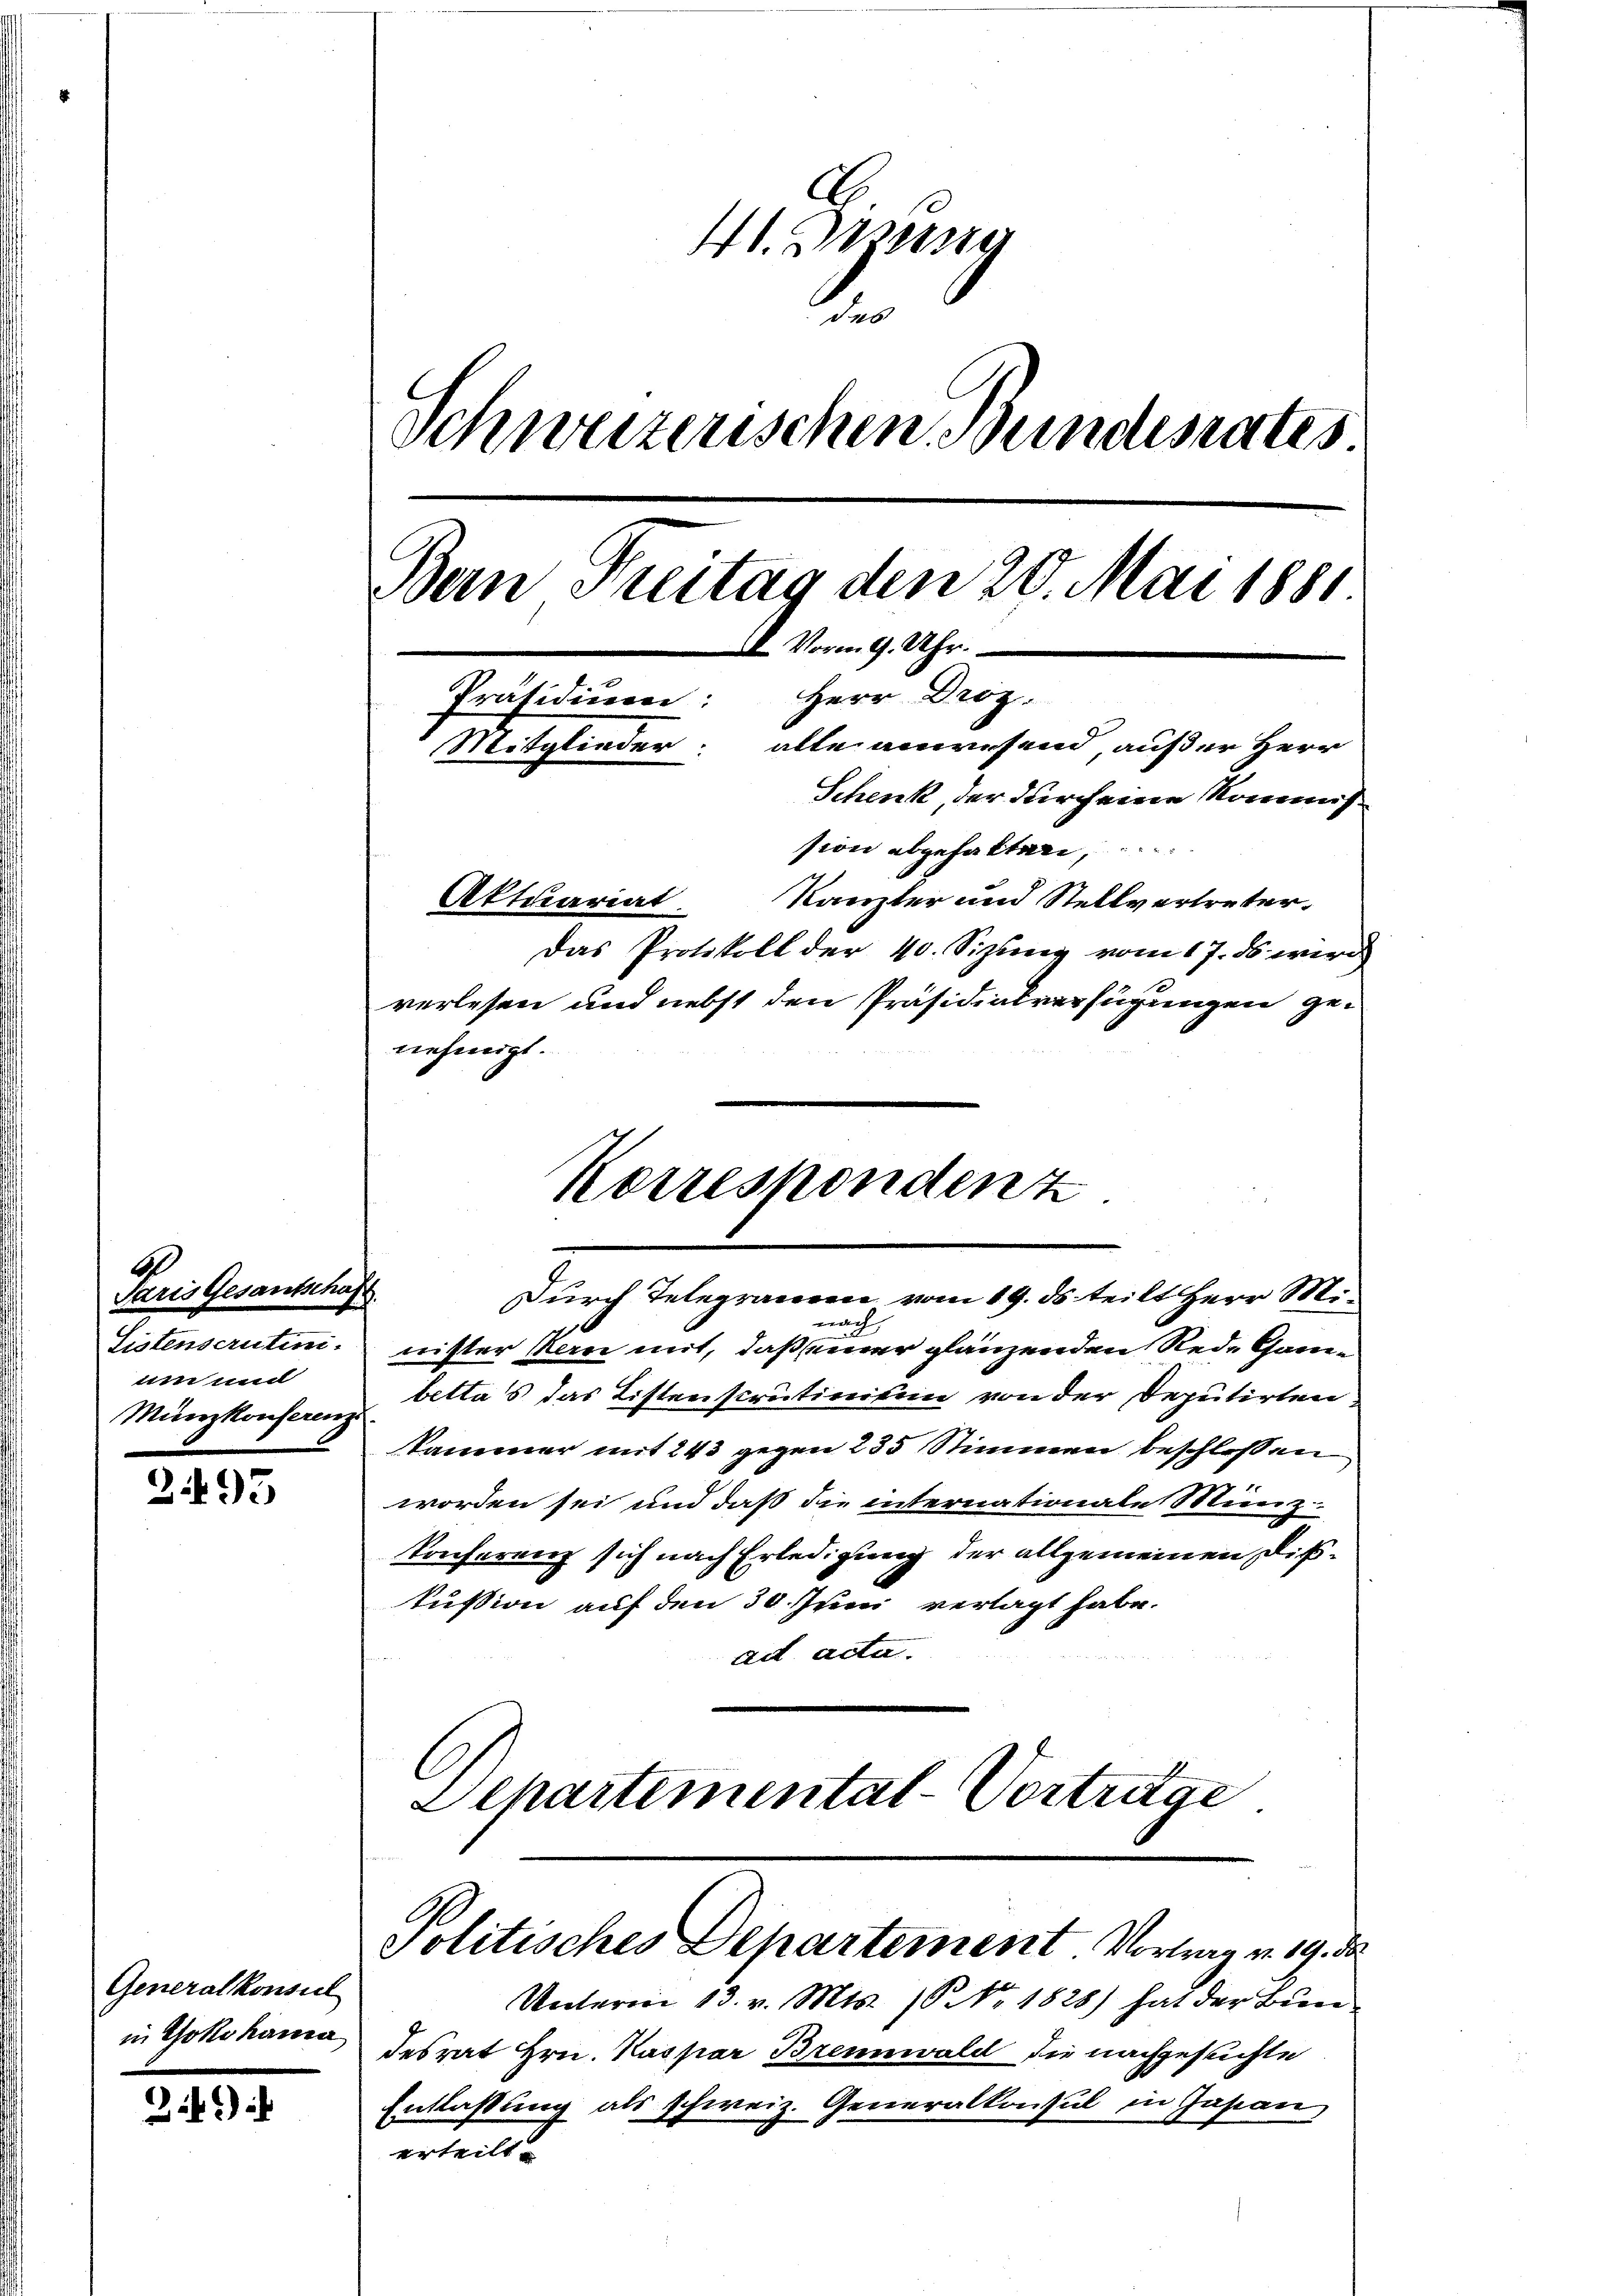
A
Paris Gesantschaft
um und
Münzkonserenz

2495

Generalkonsul
in Yokohama

i) i

41. Diesig
des
Schweizerischen Bundesrates
Bern Kreitag den 20. Mai 1881
8. Vorm. 9. Uhr.
Herr Droz.
Präsidium:
Mitglieder: alle anwesend, auf der Herr
Schenk, der durch eine Kommission abgehalten,
Kanzler und Stellvertreter.
Aktuariat
Das Protokoll der 40. Sizung vom 17. ds wird
verlesen und nebst den Präsidialverfügungen ge-

nehmigt.
Korrespondenz

nach
Listenscrutini, nister Kan mit, daß seiner glänzenden Rede Canbettas das Listenstruitiveikein von der Deputirten
kammer mit 243 gegen 235 Stimmen beschlossen
worden sei und daß die internationale Münz-
Konferenz sich nach Erledigung der allgemeinen Diskussion auf den 30. Juni verlagt habe.
ad acta.
Departemental-Vortrage

Durch Telegramm vom 19. ds teilt Herr Mi¬

Politisches Departement Vortrag v. 19. de

Unterm 13. v. Mts. S. Nr. 1828) hat der Bun
desrat Hrn. Kaspar Brennwald die nachgesuchte
Entlaßung als schweiz. Generalkonsul in Gasan
erteilt.